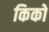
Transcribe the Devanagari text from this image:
किको